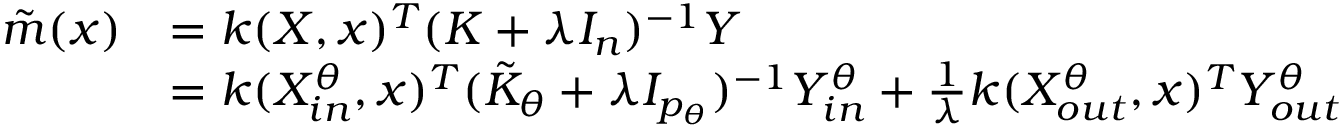
\begin{array} { r l } { \tilde { m } ( x ) } & { = k ( X , x ) ^ { T } ( K + \lambda I _ { n } ) ^ { - 1 } Y } \\ & { = k ( X _ { i n } ^ { \theta } , x ) ^ { T } ( \Tilde { K } _ { \theta } + \lambda I _ { p _ { \theta } } ) ^ { - 1 } Y _ { i n } ^ { \theta } + \frac { 1 } { \lambda } k ( X _ { o u t } ^ { \theta } , x ) ^ { T } Y _ { o u t } ^ { \theta } } \end{array}